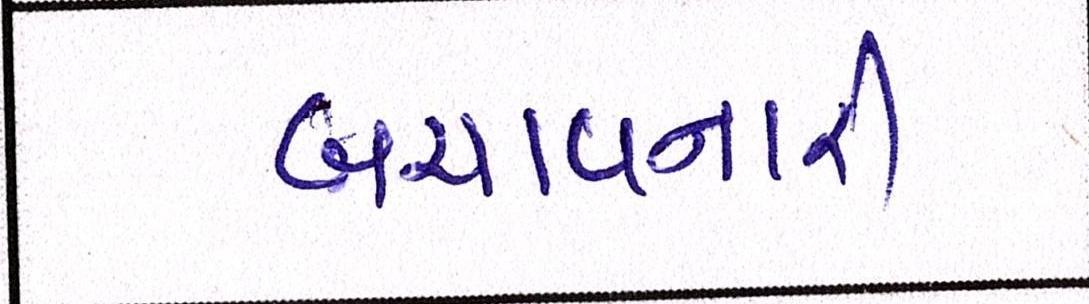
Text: બચાવનારી